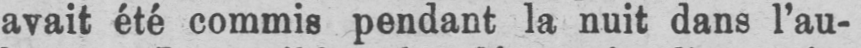
avait été commis pendant la nuit dans l’au-